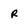
Character: R